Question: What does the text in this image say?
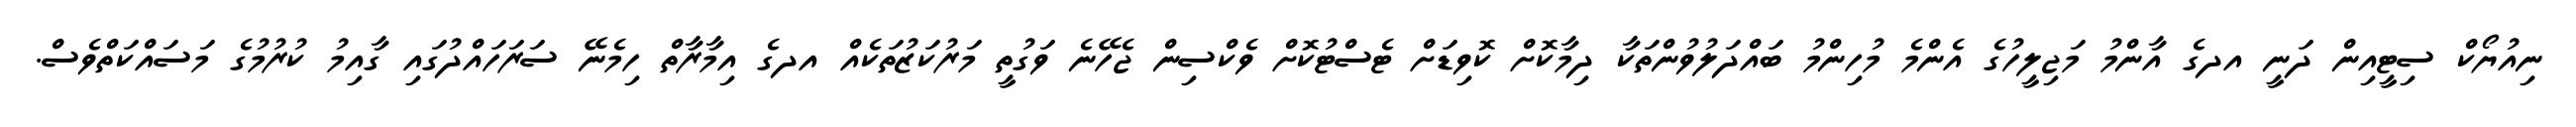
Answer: ނިއުޔޯކް ސިޓީއިން ދަނީ އދގެ އާންމު މަޖިލީހުގެ އެންމެ މުހިންމު ބައްދަލުވުންތަކާ ދިމާކޮށް ކޮވިޑަށް ޓެސްޓުކޮށް ވެކްސިން ޖެހޭނެ ވަގުތީ މަރުކަޒުތަކެއް އދގެ އިމާރާތް ހިމެނޭ ސަރަހައްދުގައި ގާއިމު ކުރުމުގެ މަސައްކަތްވެސް.